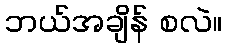
ဘယ်အချိန် စလဲ။